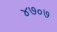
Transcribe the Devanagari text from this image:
४७०७